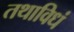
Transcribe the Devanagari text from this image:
तथाविधं